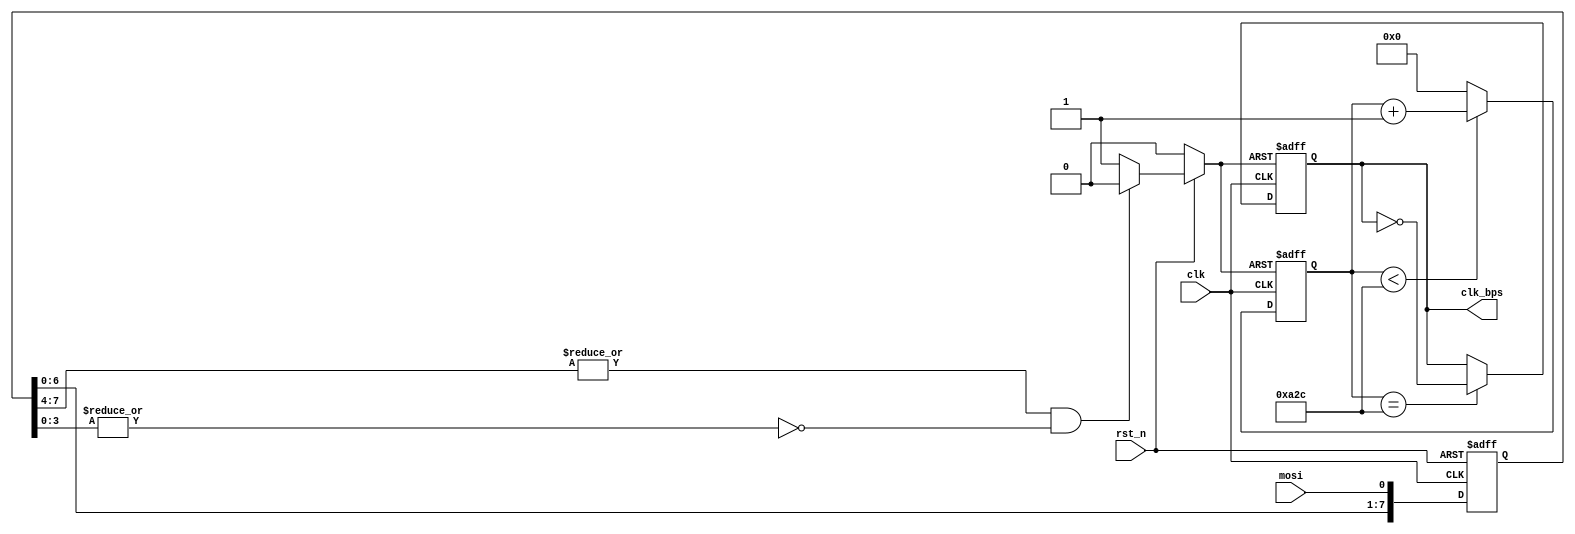
module baud_sel(
    input      clk,
    input      rst_n,
    output reg clk_bps,
    input      mosi
);
reg[12:0] cnt;
reg[7:0]  rx;
parameter bps9600=5208/2;
wire RSTn;
always@(posedge clk or negedge RSTn)begin
    if(!RSTn)begin
        cnt <= 0;
    end
    else begin
        cnt <= cnt <bps9600 ? cnt + 1 : 0;
    end
end
always@(posedge clk or negedge RSTn)begin
    if(!RSTn)begin
        clk_bps = 1'b0;
    end
    else begin
        clk_bps = cnt==bps9600 ? ~clk_bps : clk_bps;
    end
end
always@(posedge clk or negedge rst_n)begin
    if(!rst_n)begin
        rx[7:0] <= 8'hff;     
    end
    else begin
        rx[7:0] <= {rx[6:0],mosi};
    end
end
assign RSTn = !rst_n                 ? 1'b0 :
              (|rx[7:4])&(~|rx[3:0]) ? 1'b0 : 1'b1;//reset clock,generate stable clk_bps
endmodule